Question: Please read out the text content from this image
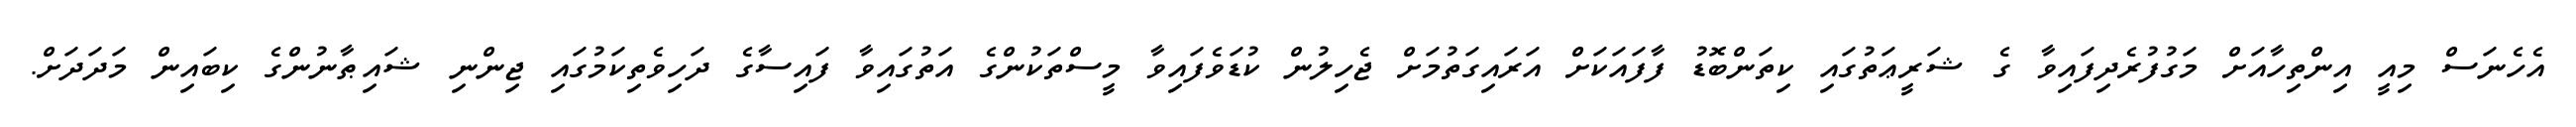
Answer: އެހެނަސް މިއީ އިންތިހާއަށް މަގުފުރެދިފައިވާ ގެ ޝަރީޢަތުގައި ކިތަންބޮޑު ފާފައަކަށް އަރައިގަތުމަށް ޖެހިލުން ކުޑަވެފައިވާ މީސްތަކުންގެ އަތުގައިވާ ފައިސާގެ ދަހިވެތިކަމުގައި ޖިންނި ޝައިޠާނުންގެ ކިބައިން މަދަދަށް.